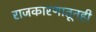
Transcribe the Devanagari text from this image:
राजकारणातूनही